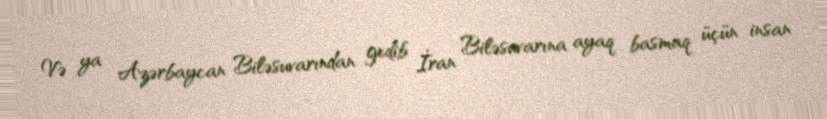
Və ya Azərbaycan Biləsuvarından gedib İran Biləsuvarına ayaq basmaq üçün insan